Civil Veterinary Dept. Bombay admin report 1914-1922 - 1914-1922
Year: 1914
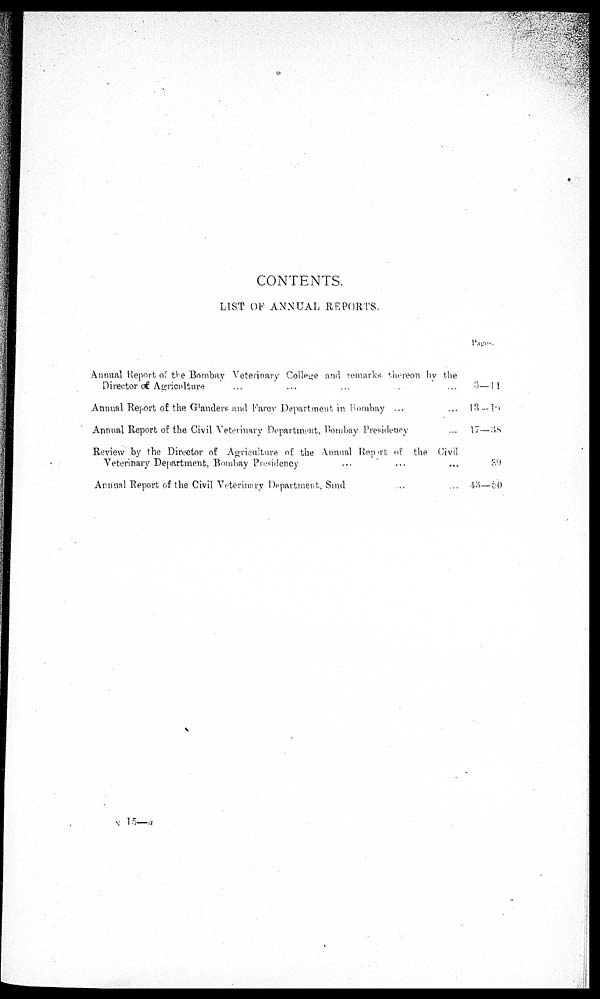
CONTENTS.
LIST OF ANNUAL REPORTS.
Annual Report of the Bombay Veterinary College and remarks thereon by the
Director of Agriculture ... ... ...
Annual Report of the Glanders and Farcy Department in Bombay ... ...
Annual Report of the Civil Veterinary Department, Bombay Presidency ...
Review by the Director of Agriculture of the Annual Report or the Civil
Veterinary Department, Bombay Presidency ... ... ...
Annual Report of the Civil Veterinary Department, Sind ... ...
Pages.
3—11
13—16
17—38
39
43—50
N 15—a